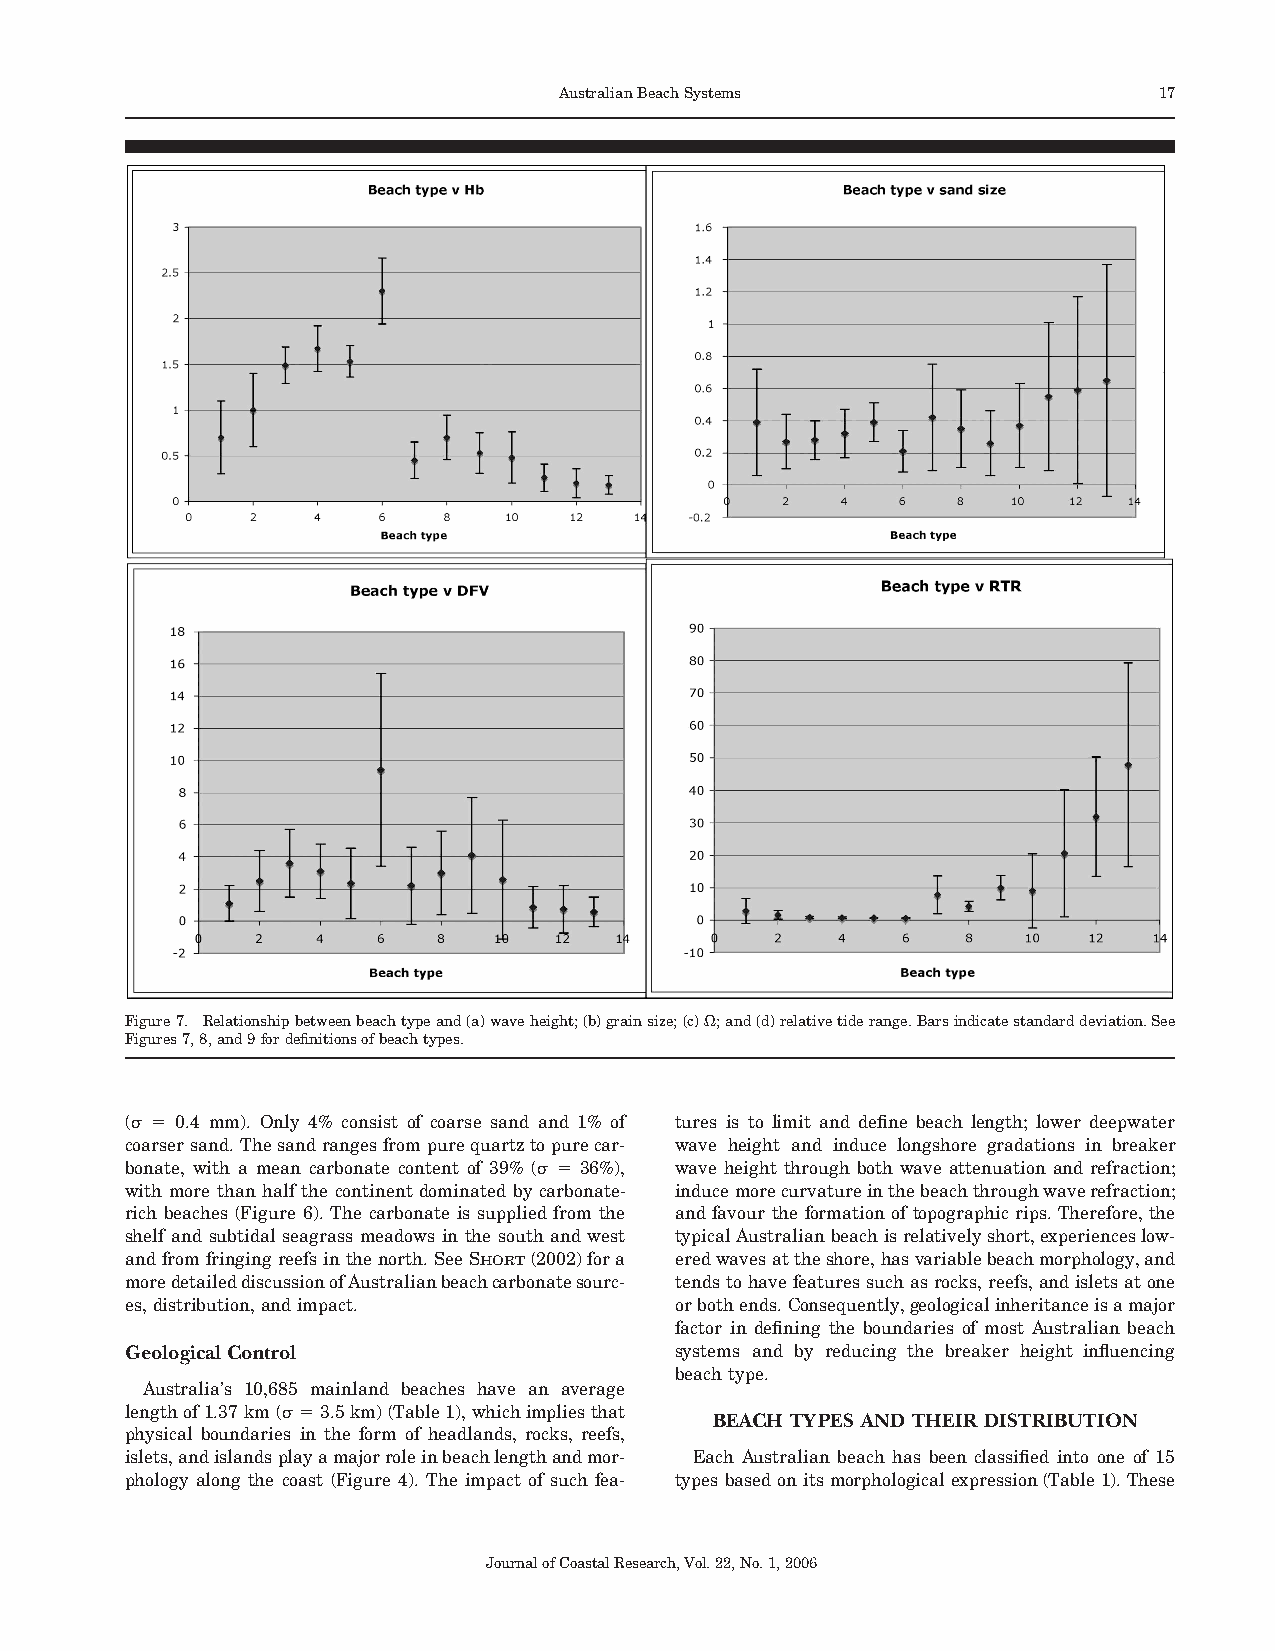
AustralianBeachSystems                  17
 Figure7. Relationshipbetweenbeachtypeand(a)waveheight;(b)grainsize;(c)";and(d)relativetiderange.Barsindicatestandarddeviation.See
 Figures7,8,and9fordefinitionsofbeachtypes.
 (& # 0.4 mm). Only 4% consist of coarse sand and 1% of tures is to limit and define beach length; lower deepwater
 coarsersand.Thesandrangesfrompurequartztopurecar- wave height and induce longshore gradations in breaker
 bonate, with a mean carbonate content of 39% (& # 36%), wave height through both wave attenuation and refraction;
 with more than half the continent dominated by carbonate- inducemorecurvatureinthebeachthroughwaverefraction;
 rich beaches (Figure 6). The carbonate is supplied from the and favour the formation of topographicrips. Therefore,the
 shelf and subtidal seagrass meadows in the south and west typicalAustralianbeachisrelativelyshort,experienceslow-
 andfromfringingreefsinthenorth.SeeSHORT(2002)fora eredwavesattheshore,hasvariablebeachmorphology,and
 moredetaileddiscussionofAustralianbeachcarbonatesourc- tendstohavefeaturessuchasrocks,reefs,andisletsatone
 es,distribution,andimpact.           orbothends.Consequently,geologicalinheritanceisamajor
 factor in defining the boundaries of most Australian beach
 Geological Control                   systems and by reducing the breaker height influencing
 beachtype.
 Australia’s 10,685 mainland beaches have an average
 lengthof1.37km(&#3.5km)(Table1),whichimpliesthat
 BEACH TYPES AND THEIR DISTRIBUTION
 physical boundaries in the form of headlands, rocks, reefs,
 islets,andislandsplayamajorroleinbeachlengthandmor- Each Australian beach has been classified into one of 15
 phology along the coast (Figure 4). The impact of such fea- typesbasedonitsmorphologicalexpression(Table1).These
 JournalofCoastalResearch,Vol.22,No.1,2006